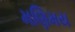
મણિમય